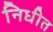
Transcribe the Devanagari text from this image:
निधीत